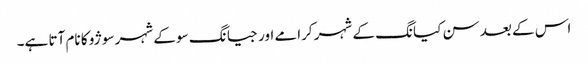
اس کے بعد سن کیانگ کے شہر کرامے اور جیانگ سو کے شہر سوژو کا نام آتا ہے۔